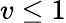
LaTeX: v\le 1